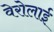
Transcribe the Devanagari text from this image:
वेरोलाई